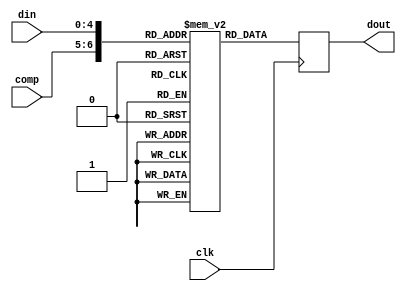
/*  This file is part of JT49.

    JT49 is free software: you can redistribute it and/or modify
    it under the terms of the GNU General Public License as published by
    the Free Software Foundation, either version 3 of the License, or
    (at your option) any later version.

    JT49 is distributed in the hope that it will be useful,
    but WITHOUT ANY WARRANTY; without even the implied warranty of
    MERCHANTABILITY or FITNESS FOR A PARTICULAR PURPOSE.  See the
    GNU General Public License for more details.

    You should have received a copy of the GNU General Public License
    along with JT49.  If not, see <http://www.gnu.org/licenses/>.
    
    Author: Jose Tejada Gomez. Twitter: @topapate
    Author: Olivier Scherler.  Twitter: @oscherler
    Version: 1.0
    Date: 10-Nov-2018
    
    Based on sqmusic, by the same author
    LUT modified by Olivier Scherler, Sept-2023
    
    */

// Custom LUT for the Nemesis AY-3-8910s, calculated to match the response
// recorded on an actual Nemesis PCB. The actual response has a slope similar
// to comp = 1 of jt49_exp at low and medium volumes, and a slope closer
// to comp = 2  of jt49_exp at high volumes.

// Compression vs dynamic range
// 0 -> hard knee between 20 and 21
// 1 -> [same]
// 2 -> [same]
// 3 -> [same]

module nemesis_jt49_exp(
    input            clk,
    input      [1:0] comp,  // compression
    input      [4:0] din,
    output reg [7:0] dout 
);

reg [7:0] lut[0:127];

always @(posedge clk)
    dout <= lut[ {comp,din} ];

initial begin
    lut[0] = 8'd0;
    lut[1] = 8'd9;
    lut[2] = 8'd10;
    lut[3] = 8'd12;
    lut[4] = 8'd14;
    lut[5] = 8'd16;
    lut[6] = 8'd18;
    lut[7] = 8'd21;
    lut[8] = 8'd24;
    lut[9] = 8'd28;
    lut[10] = 8'd32;
    lut[11] = 8'd36;
    lut[12] = 8'd42;
    lut[13] = 8'd48;
    lut[14] = 8'd56;
    lut[15] = 8'd64;
    lut[16] = 8'd74;
    lut[17] = 8'd85;
    lut[18] = 8'd97;
    lut[19] = 8'd112;
    lut[20] = 8'd129;
    lut[21] = 8'd144;
    lut[22] = 8'd153;
    lut[23] = 8'd162;
    lut[24] = 8'd171;
    lut[25] = 8'd181;
    lut[26] = 8'd192;
    lut[27] = 8'd203;
    lut[28] = 8'd215;
    lut[29] = 8'd228;
    lut[30] = 8'd241;
    lut[31] = 8'd255;
    lut[32] = 8'd0;
    lut[33] = 8'd9;
    lut[34] = 8'd10;
    lut[35] = 8'd12;
    lut[36] = 8'd14;
    lut[37] = 8'd16;
    lut[38] = 8'd18;
    lut[39] = 8'd21;
    lut[40] = 8'd24;
    lut[41] = 8'd28;
    lut[42] = 8'd32;
    lut[43] = 8'd36;
    lut[44] = 8'd42;
    lut[45] = 8'd48;
    lut[46] = 8'd56;
    lut[47] = 8'd64;
    lut[48] = 8'd74;
    lut[49] = 8'd85;
    lut[50] = 8'd97;
    lut[51] = 8'd112;
    lut[52] = 8'd129;
    lut[53] = 8'd144;
    lut[54] = 8'd153;
    lut[55] = 8'd162;
    lut[56] = 8'd171;
    lut[57] = 8'd181;
    lut[58] = 8'd192;
    lut[59] = 8'd203;
    lut[60] = 8'd215;
    lut[61] = 8'd228;
    lut[62] = 8'd241;
    lut[63] = 8'd255;
    lut[64] = 8'd0;
    lut[65] = 8'd9;
    lut[66] = 8'd10;
    lut[67] = 8'd12;
    lut[68] = 8'd14;
    lut[69] = 8'd16;
    lut[70] = 8'd18;
    lut[71] = 8'd21;
    lut[72] = 8'd24;
    lut[73] = 8'd28;
    lut[74] = 8'd32;
    lut[75] = 8'd36;
    lut[76] = 8'd42;
    lut[77] = 8'd48;
    lut[78] = 8'd56;
    lut[79] = 8'd64;
    lut[80] = 8'd74;
    lut[81] = 8'd85;
    lut[82] = 8'd97;
    lut[83] = 8'd112;
    lut[84] = 8'd129;
    lut[85] = 8'd144;
    lut[86] = 8'd153;
    lut[87] = 8'd162;
    lut[88] = 8'd171;
    lut[89] = 8'd181;
    lut[90] = 8'd192;
    lut[91] = 8'd203;
    lut[92] = 8'd215;
    lut[93] = 8'd228;
    lut[94] = 8'd241;
    lut[95] = 8'd255;
    lut[96] = 8'd0;
    lut[97] = 8'd9;
    lut[98] = 8'd10;
    lut[99] = 8'd12;
    lut[100] = 8'd14;
    lut[101] = 8'd16;
    lut[102] = 8'd18;
    lut[103] = 8'd21;
    lut[104] = 8'd24;
    lut[105] = 8'd28;
    lut[106] = 8'd32;
    lut[107] = 8'd36;
    lut[108] = 8'd42;
    lut[109] = 8'd48;
    lut[110] = 8'd56;
    lut[111] = 8'd64;
    lut[112] = 8'd74;
    lut[113] = 8'd85;
    lut[114] = 8'd97;
    lut[115] = 8'd112;
    lut[116] = 8'd129;
    lut[117] = 8'd144;
    lut[118] = 8'd153;
    lut[119] = 8'd162;
    lut[120] = 8'd171;
    lut[121] = 8'd181;
    lut[122] = 8'd192;
    lut[123] = 8'd203;
    lut[124] = 8'd215;
    lut[125] = 8'd228;
    lut[126] = 8'd241;
    lut[127] = 8'd255;

end
endmodule